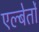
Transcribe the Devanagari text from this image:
एल्बेर्तो